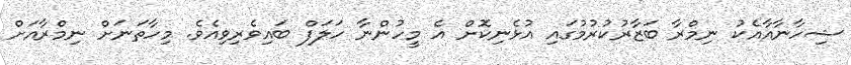
ޝިހާނާއާއެކު ނިމްރާ ބަޒާރުކުރުމުގައި އުޅެނިކޮށް އެ މީހުންނާ ހަލަފް ބައިވެރިވިއެވެ. މިހާތަނަށް ނިމްރާއަށް